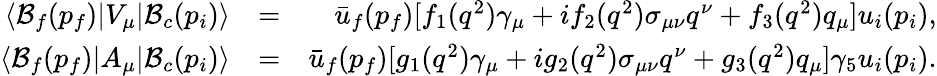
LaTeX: \begin{array}{rlr}{\langle{\cal B}_{f}(p_{f})|V_{\mu}|{\cal B}_{c}(p_{i})\rangle}&{=}&{\bar{u}_{f}(p_{f})[f_{1}(q^{2})\gamma_{\mu}+if_{2}(q^{2})\sigma_{\mu\nu}q^{\nu}+f_{3}(q^{2})q_{\mu}]u_{i}(p_{i}),}\\ {\langle{\cal B}_{f}(p_{f})|A_{\mu}|{\cal B}_{c}(p_{i})\rangle}&{=}&{\bar{u}_{f}(p_{f})[g_{1}(q^{2})\gamma_{\mu}+ig_{2}(q^{2})\sigma_{\mu\nu}q^{\nu}+g_{3}(q^{2})q_{\mu}]\gamma_{5}u_{i}(p_{i}).}\end{array}